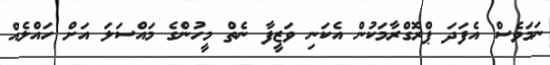
ނަމަވެސް އެފަދަ ޕްރޮގްރާމަކުން އެކަނި ވަޒީފާ ނެތް މީހުންގެ މައްސަލަ އަށް ހައްލެއް